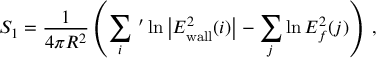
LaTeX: { \cal S } _ { 1 } = \frac { 1 } { 4 \pi R ^ { 2 } } \left( \sum _ { i } \, ^ { \prime } \ln \left| E _ { \mathrm { w a l l } } ^ { 2 } ( i ) \right| - \sum _ { j } \ln E _ { f } ^ { 2 } ( j ) \right) \; ,